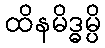
ထိနမိဒ္ဓမ္ပိ